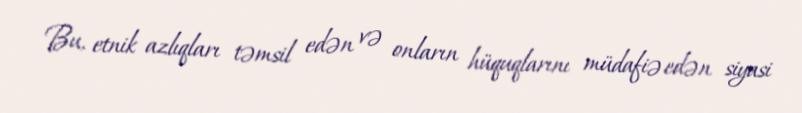
Bu, etnik azlıqları təmsil edən və onların hüquqlarını müdafiə edən siyasi